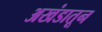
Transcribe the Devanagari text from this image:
अखंडातून